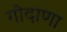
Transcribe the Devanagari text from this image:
गोदाणा